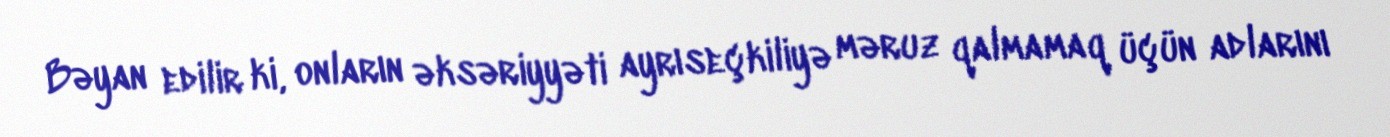
Bəyan edilir ki, onların əksəriyyəti ayrıseçkiliyə məruz qalmamaq üçün adlarını